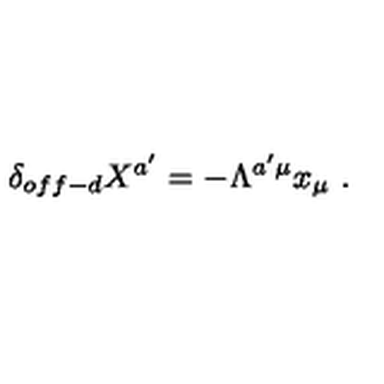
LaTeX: \delta _ { o f f - d } X ^ { a ^ { \prime } } = - \Lambda ^ { a ^ { \prime } \mu } x _ { \mu } \ .